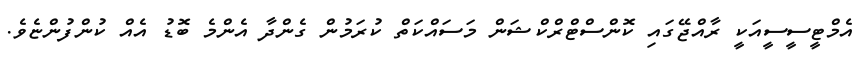
އެމްޓީސީސީއަކީ ރާއްޖޭގައި ކޮންސްޓްރްކްޝަން މަސައްކަތް ކުރަމުން ގެންދާ އެންމެ ބޮޑު އެއް ކުންފުންޏެވެ.